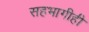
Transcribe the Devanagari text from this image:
सहभागीही